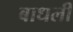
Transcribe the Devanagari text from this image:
बाधली